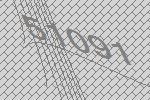
51091